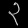
Digit: ၃